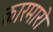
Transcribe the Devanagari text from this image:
कारमारो